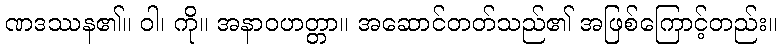
ဏဒဿန၏။ ဝါ၊ ကို။ အနာဝဟတ္တာ။ အဆောင်တတ်သည်၏ အဖြစ်ကြောင့်တည်း။